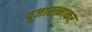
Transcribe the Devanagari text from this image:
पूजारत्नाकर